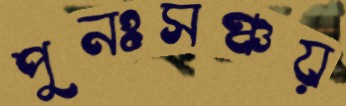
পুনঃসঞ্চয়